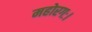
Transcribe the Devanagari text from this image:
महोरगः।